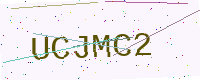
Text: UCJMC2